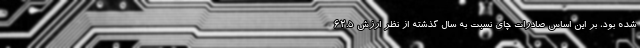
شده بود، بر این اساس صادرات چای نسبت به سال گذشته از نظر ارزش ۶۲.۵